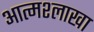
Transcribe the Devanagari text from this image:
आत्मश्लाखा